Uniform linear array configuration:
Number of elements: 64
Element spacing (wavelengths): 0.25
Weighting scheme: exponential
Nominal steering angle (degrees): -60
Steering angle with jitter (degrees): -59.228
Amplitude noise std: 0.05
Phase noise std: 0.05

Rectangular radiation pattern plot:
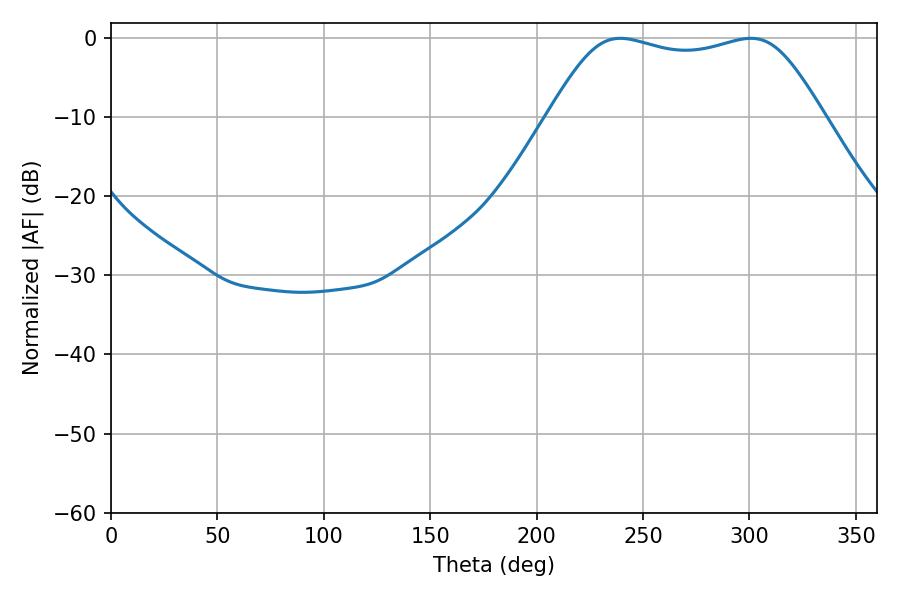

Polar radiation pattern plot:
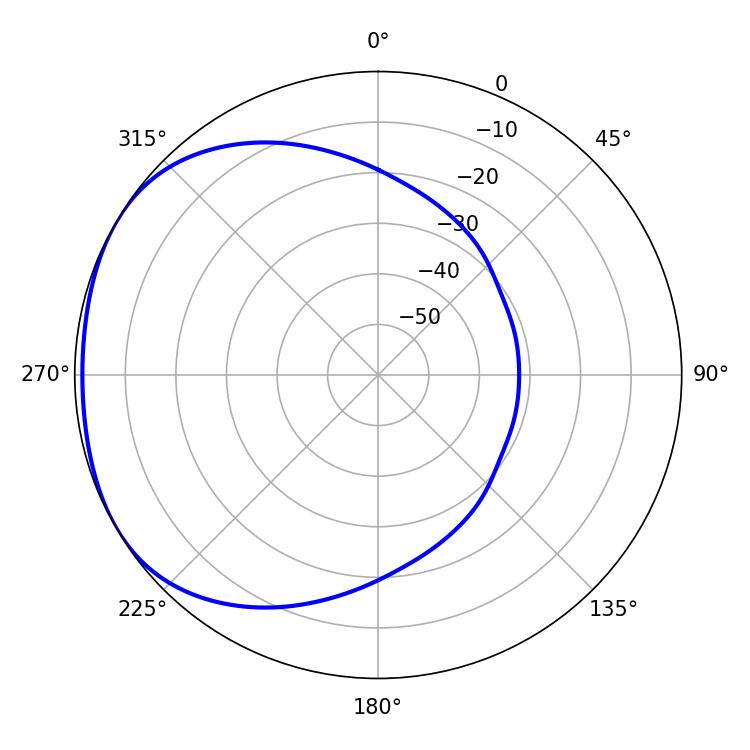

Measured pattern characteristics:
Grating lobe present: FALSE
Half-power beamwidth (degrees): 98.28
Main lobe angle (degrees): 239.4